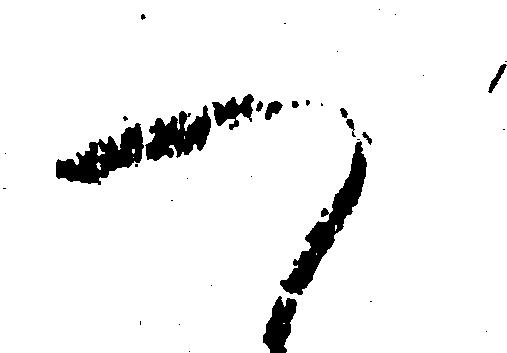
つ